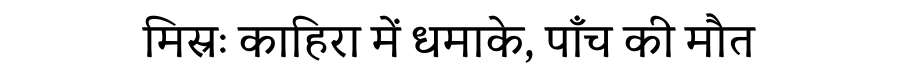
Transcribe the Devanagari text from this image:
मिस्रः काहिरा में धमाके, पाँच की मौत